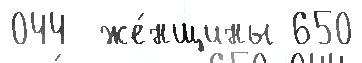
044  же́нщины 650